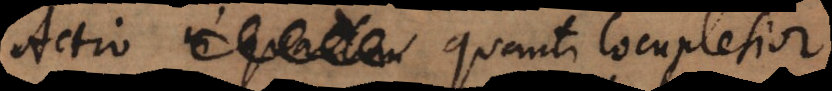
quanti locupletior